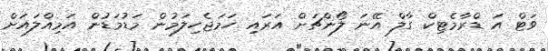
ވަޓް އަ ޑްރާމެޓިކް ގާލް އޭނަ ލޯންޗަށް އަރައި ހަމަޖެހިލަމުން މަޑުމަޑުން އަމިއްލައަށް